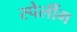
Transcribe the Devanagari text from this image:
स्पेलींग